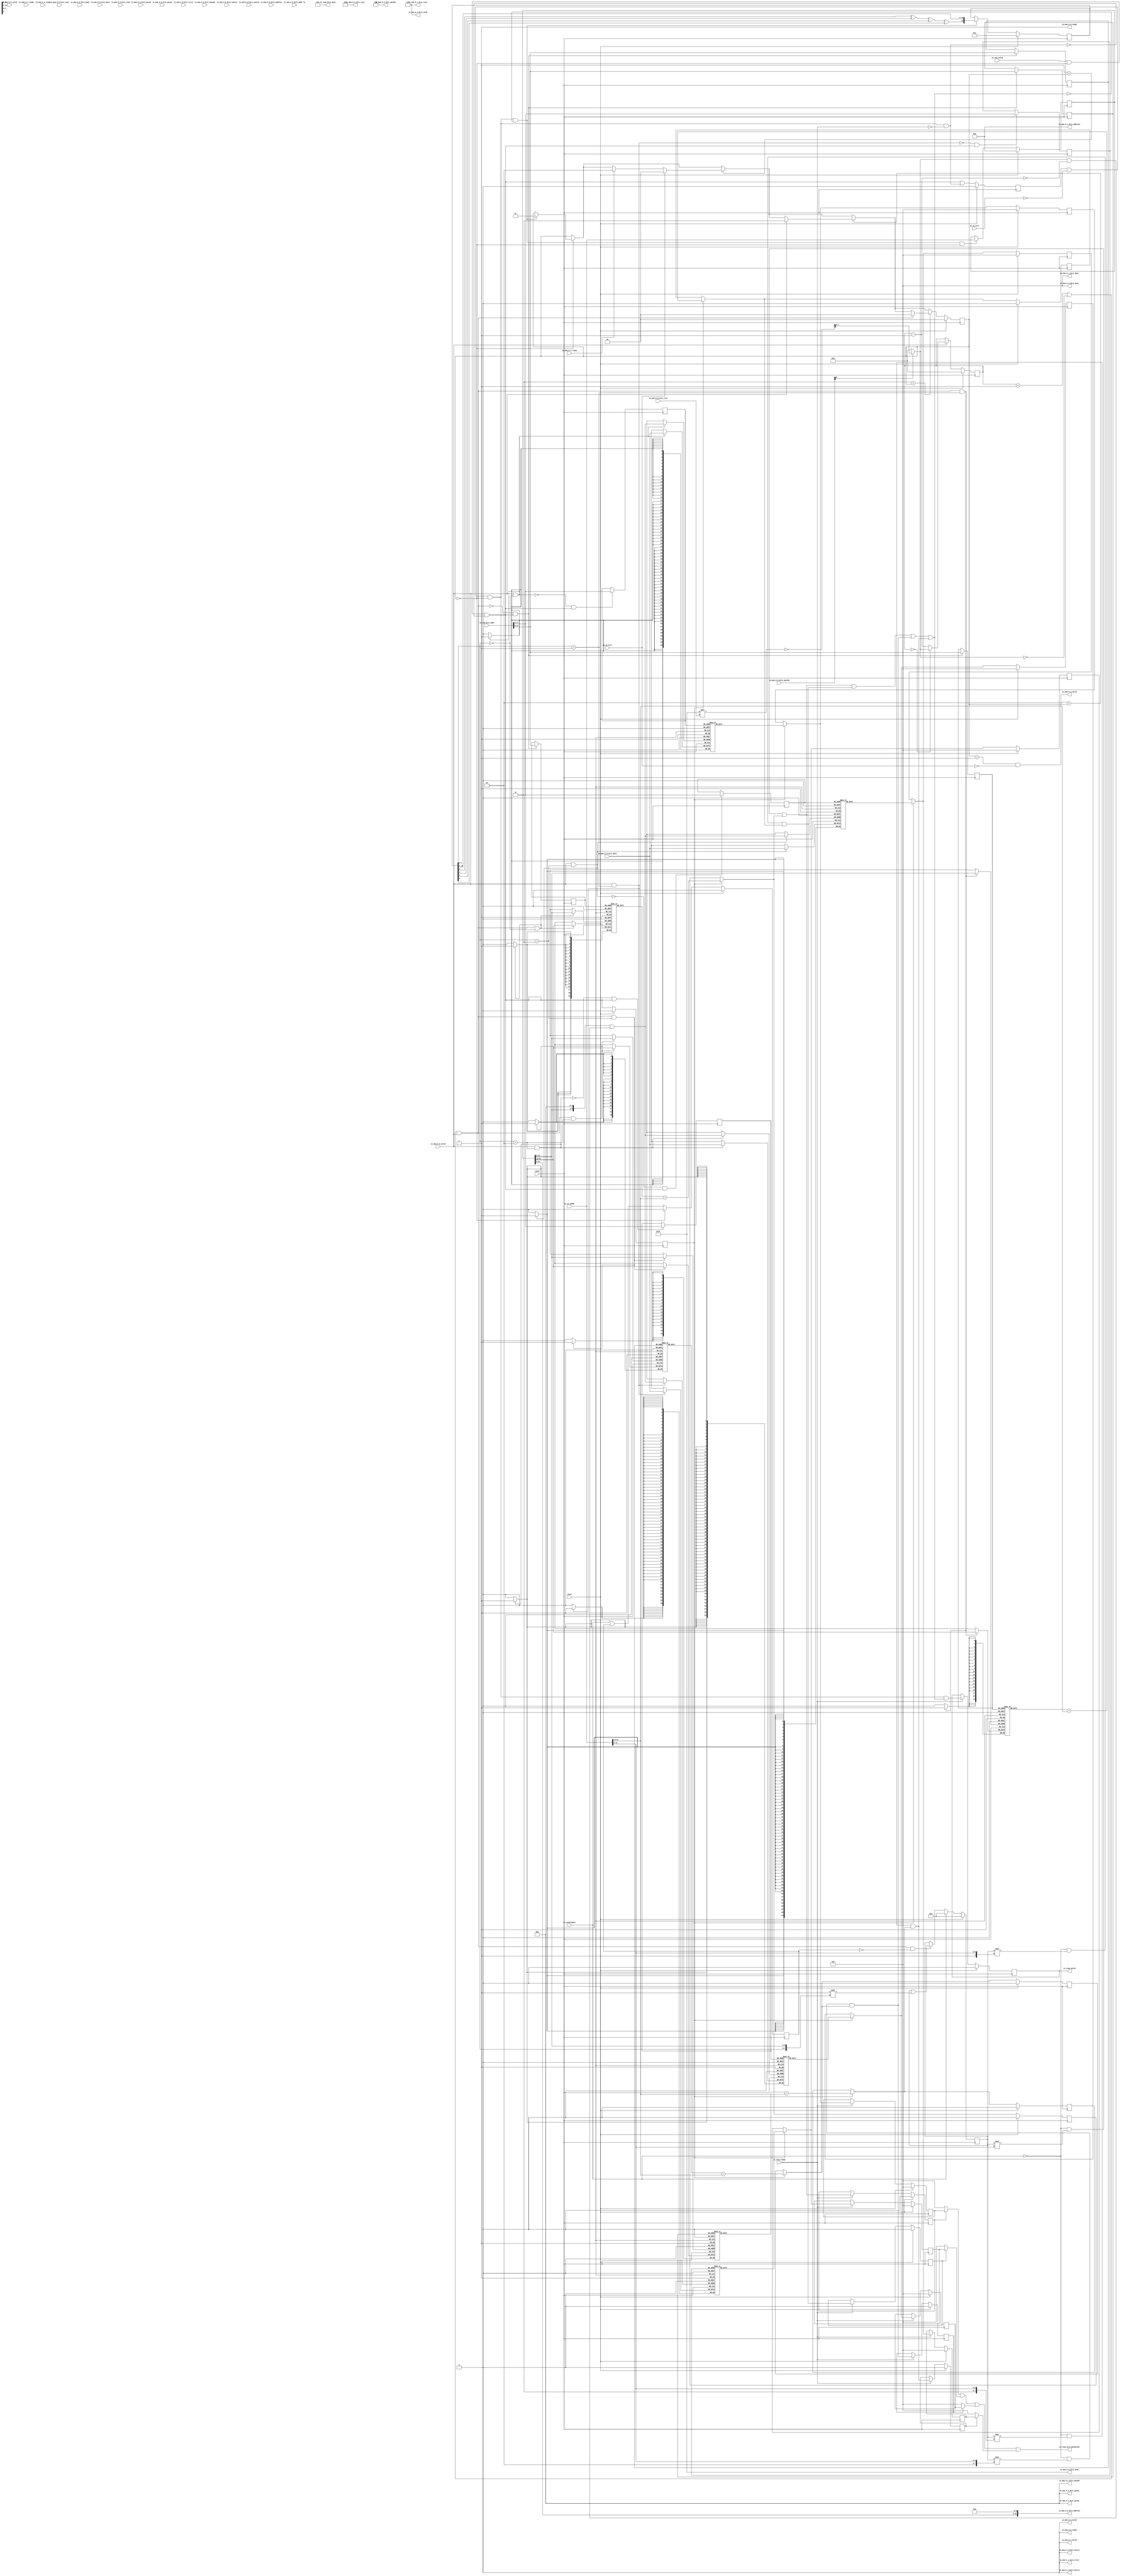
module ICache(
  input         clock,
  input         reset,
  input         io_req_valid,
  input  [38:0] io_req_bits_addr,
  input  [31:0] io_s1_paddr,
  input         io_s1_kill,
  input         io_s2_kill,
  input         io_resp_ready,
  output        io_resp_valid,
  output [15:0] io_resp_bits_data,
  output [63:0] io_resp_bits_datablock,
  input         io_invalidate,
  input         io_mem_0_a_ready,
  output        io_mem_0_a_valid,
  output [2:0]  io_mem_0_a_bits_opcode,
  output [2:0]  io_mem_0_a_bits_param,
  output [3:0]  io_mem_0_a_bits_size,
  output        io_mem_0_a_bits_source,
  output [31:0] io_mem_0_a_bits_address,
  output [7:0]  io_mem_0_a_bits_mask,
  output [63:0] io_mem_0_a_bits_data,
  output        io_mem_0_b_ready,
  input         io_mem_0_b_valid,
  input  [2:0]  io_mem_0_b_bits_opcode,
  input  [1:0]  io_mem_0_b_bits_param,
  input  [3:0]  io_mem_0_b_bits_size,
  input         io_mem_0_b_bits_source,
  input  [31:0] io_mem_0_b_bits_address,
  input  [7:0]  io_mem_0_b_bits_mask,
  input  [63:0] io_mem_0_b_bits_data,
  input         io_mem_0_c_ready,
  output        io_mem_0_c_valid,
  output [2:0]  io_mem_0_c_bits_opcode,
  output [2:0]  io_mem_0_c_bits_param,
  output [3:0]  io_mem_0_c_bits_size,
  output        io_mem_0_c_bits_source,
  output [31:0] io_mem_0_c_bits_address,
  output [63:0] io_mem_0_c_bits_data,
  output        io_mem_0_c_bits_error,
  output        io_mem_0_d_ready,
  input         io_mem_0_d_valid,
  input  [2:0]  io_mem_0_d_bits_opcode,
  input  [1:0]  io_mem_0_d_bits_param,
  input  [3:0]  io_mem_0_d_bits_size,
  input         io_mem_0_d_bits_source,
  input  [3:0]  io_mem_0_d_bits_sink,
  input  [2:0]  io_mem_0_d_bits_addr_lo,
  input  [63:0] io_mem_0_d_bits_data,
  input         io_mem_0_d_bits_error,
  input         io_mem_0_e_ready,
  output        io_mem_0_e_valid,
  output [3:0]  io_mem_0_e_bits_sink
);
`ifdef RANDOMIZE_MEM_INIT
  reg [31:0] _RAND_0;
  reg [31:0] _RAND_3;
  reg [31:0] _RAND_6;
  reg [31:0] _RAND_9;
  reg [63:0] _RAND_12;
  reg [63:0] _RAND_15;
  reg [63:0] _RAND_18;
  reg [63:0] _RAND_21;
`endif // RANDOMIZE_MEM_INIT
`ifdef RANDOMIZE_REG_INIT
  reg [31:0] _RAND_1;
  reg [31:0] _RAND_2;
  reg [31:0] _RAND_4;
  reg [31:0] _RAND_5;
  reg [31:0] _RAND_7;
  reg [31:0] _RAND_8;
  reg [31:0] _RAND_10;
  reg [31:0] _RAND_11;
  reg [31:0] _RAND_13;
  reg [31:0] _RAND_14;
  reg [31:0] _RAND_16;
  reg [31:0] _RAND_17;
  reg [31:0] _RAND_19;
  reg [31:0] _RAND_20;
  reg [31:0] _RAND_22;
  reg [31:0] _RAND_23;
  reg [31:0] _RAND_24;
  reg [31:0] _RAND_25;
  reg [31:0] _RAND_26;
  reg [31:0] _RAND_27;
  reg [255:0] _RAND_28;
  reg [31:0] _RAND_29;
  reg [31:0] _RAND_30;
  reg [31:0] _RAND_31;
  reg [31:0] _RAND_32;
  reg [31:0] _RAND_33;
  reg [31:0] _RAND_34;
  reg [31:0] _RAND_35;
  reg [63:0] _RAND_36;
  reg [63:0] _RAND_37;
  reg [63:0] _RAND_38;
  reg [63:0] _RAND_39;
  reg [31:0] _RAND_40;
  reg [31:0] _RAND_41;
  reg [31:0] _RAND_42;
  reg [31:0] _RAND_43;
  reg [31:0] _RAND_44;
  reg [63:0] _RAND_45;
  reg [63:0] _RAND_46;
  reg [63:0] _RAND_47;
  reg [63:0] _RAND_48;
`endif // RANDOMIZE_REG_INIT
  reg [19:0] tag_array_0 [0:63]; // @[ICache.scala 97:25]
  wire  tag_array_0_tag_rdata_en; // @[ICache.scala 97:25]
  wire [5:0] tag_array_0_tag_rdata_addr; // @[ICache.scala 97:25]
  wire [19:0] tag_array_0_tag_rdata_data; // @[ICache.scala 97:25]
  wire [19:0] tag_array_0__T_328_data; // @[ICache.scala 97:25]
  wire [5:0] tag_array_0__T_328_addr; // @[ICache.scala 97:25]
  wire  tag_array_0__T_328_mask; // @[ICache.scala 97:25]
  wire  tag_array_0__T_328_en; // @[ICache.scala 97:25]
  reg  tag_array_0_tag_rdata_en_pipe_0;
  reg [5:0] tag_array_0_tag_rdata_addr_pipe_0;
  reg [19:0] tag_array_1 [0:63]; // @[ICache.scala 97:25]
  wire  tag_array_1_tag_rdata_en; // @[ICache.scala 97:25]
  wire [5:0] tag_array_1_tag_rdata_addr; // @[ICache.scala 97:25]
  wire [19:0] tag_array_1_tag_rdata_data; // @[ICache.scala 97:25]
  wire [19:0] tag_array_1__T_328_data; // @[ICache.scala 97:25]
  wire [5:0] tag_array_1__T_328_addr; // @[ICache.scala 97:25]
  wire  tag_array_1__T_328_mask; // @[ICache.scala 97:25]
  wire  tag_array_1__T_328_en; // @[ICache.scala 97:25]
  reg  tag_array_1_tag_rdata_en_pipe_0;
  reg [5:0] tag_array_1_tag_rdata_addr_pipe_0;
  reg [19:0] tag_array_2 [0:63]; // @[ICache.scala 97:25]
  wire  tag_array_2_tag_rdata_en; // @[ICache.scala 97:25]
  wire [5:0] tag_array_2_tag_rdata_addr; // @[ICache.scala 97:25]
  wire [19:0] tag_array_2_tag_rdata_data; // @[ICache.scala 97:25]
  wire [19:0] tag_array_2__T_328_data; // @[ICache.scala 97:25]
  wire [5:0] tag_array_2__T_328_addr; // @[ICache.scala 97:25]
  wire  tag_array_2__T_328_mask; // @[ICache.scala 97:25]
  wire  tag_array_2__T_328_en; // @[ICache.scala 97:25]
  reg  tag_array_2_tag_rdata_en_pipe_0;
  reg [5:0] tag_array_2_tag_rdata_addr_pipe_0;
  reg [19:0] tag_array_3 [0:63]; // @[ICache.scala 97:25]
  wire  tag_array_3_tag_rdata_en; // @[ICache.scala 97:25]
  wire [5:0] tag_array_3_tag_rdata_addr; // @[ICache.scala 97:25]
  wire [19:0] tag_array_3_tag_rdata_data; // @[ICache.scala 97:25]
  wire [19:0] tag_array_3__T_328_data; // @[ICache.scala 97:25]
  wire [5:0] tag_array_3__T_328_addr; // @[ICache.scala 97:25]
  wire  tag_array_3__T_328_mask; // @[ICache.scala 97:25]
  wire  tag_array_3__T_328_en; // @[ICache.scala 97:25]
  reg  tag_array_3_tag_rdata_en_pipe_0;
  reg [5:0] tag_array_3_tag_rdata_addr_pipe_0;
  reg [63:0] _T_550 [0:511]; // @[ICache.scala 132:28]
  wire  _T_550__T_566_en; // @[ICache.scala 132:28]
  wire [8:0] _T_550__T_566_addr; // @[ICache.scala 132:28]
  wire [63:0] _T_550__T_566_data; // @[ICache.scala 132:28]
  wire [63:0] _T_550__T_556_data; // @[ICache.scala 132:28]
  wire [8:0] _T_550__T_556_addr; // @[ICache.scala 132:28]
  wire  _T_550__T_556_mask; // @[ICache.scala 132:28]
  wire  _T_550__T_556_en; // @[ICache.scala 132:28]
  reg  _T_550__T_566_en_pipe_0;
  reg [8:0] _T_550__T_566_addr_pipe_0;
  reg [63:0] _T_572 [0:511]; // @[ICache.scala 132:28]
  wire  _T_572__T_588_en; // @[ICache.scala 132:28]
  wire [8:0] _T_572__T_588_addr; // @[ICache.scala 132:28]
  wire [63:0] _T_572__T_588_data; // @[ICache.scala 132:28]
  wire [63:0] _T_572__T_578_data; // @[ICache.scala 132:28]
  wire [8:0] _T_572__T_578_addr; // @[ICache.scala 132:28]
  wire  _T_572__T_578_mask; // @[ICache.scala 132:28]
  wire  _T_572__T_578_en; // @[ICache.scala 132:28]
  reg  _T_572__T_588_en_pipe_0;
  reg [8:0] _T_572__T_588_addr_pipe_0;
  reg [63:0] _T_594 [0:511]; // @[ICache.scala 132:28]
  wire  _T_594__T_610_en; // @[ICache.scala 132:28]
  wire [8:0] _T_594__T_610_addr; // @[ICache.scala 132:28]
  wire [63:0] _T_594__T_610_data; // @[ICache.scala 132:28]
  wire [63:0] _T_594__T_600_data; // @[ICache.scala 132:28]
  wire [8:0] _T_594__T_600_addr; // @[ICache.scala 132:28]
  wire  _T_594__T_600_mask; // @[ICache.scala 132:28]
  wire  _T_594__T_600_en; // @[ICache.scala 132:28]
  reg  _T_594__T_610_en_pipe_0;
  reg [8:0] _T_594__T_610_addr_pipe_0;
  reg [63:0] _T_616 [0:511]; // @[ICache.scala 132:28]
  wire  _T_616__T_632_en; // @[ICache.scala 132:28]
  wire [8:0] _T_616__T_632_addr; // @[ICache.scala 132:28]
  wire [63:0] _T_616__T_632_data; // @[ICache.scala 132:28]
  wire [63:0] _T_616__T_622_data; // @[ICache.scala 132:28]
  wire [8:0] _T_616__T_622_addr; // @[ICache.scala 132:28]
  wire  _T_616__T_622_mask; // @[ICache.scala 132:28]
  wire  _T_616__T_622_en; // @[ICache.scala 132:28]
  reg  _T_616__T_632_en_pipe_0;
  reg [8:0] _T_616__T_632_addr_pipe_0;
  reg [1:0] state; // @[ICache.scala 67:18]
  reg  invalidated; // @[ICache.scala 68:24]
  wire  stall = ~io_resp_ready; // @[ICache.scala 69:15]
  reg [31:0] refill_addr; // @[ICache.scala 71:24]
  reg  s1_valid; // @[ICache.scala 74:21]
  wire  _T_223 = state == 2'h0; // @[ICache.scala 75:52]
  wire  out_valid = s1_valid & ~io_s1_kill & state == 2'h0; // @[ICache.scala 75:43]
  wire [5:0] s1_idx = io_s1_paddr[11:6]; // @[ICache.scala 76:27]
  wire [19:0] s1_tag = io_s1_paddr[31:12]; // @[ICache.scala 77:27]
  reg [255:0] vb_array; // @[ICache.scala 104:21]
  wire [6:0] _T_439 = {1'h0,s1_idx}; // @[Cat.scala 30:58]
  wire [255:0] _T_440 = vb_array >> _T_439; // @[ICache.scala 122:43]
  wire  _T_443 = ~io_invalidate & _T_440[0]; // @[ICache.scala 122:32]
  reg  s1_dout_valid; // @[Reg.scala 14:44]
  wire [19:0] _T_450 = tag_array_0_tag_rdata_data; // @[ICache.scala 125:32]
  wire  _T_451 = _T_450 == s1_tag; // @[ICache.scala 125:46]
  reg  _T_453; // @[Reg.scala 34:16]
  wire  s1_tag_match_0 = s1_dout_valid ? _T_451 : _T_453; // @[Package.scala 27:42]
  wire  s1_tag_hit_0 = _T_443 & s1_tag_match_0; // @[ICache.scala 126:28]
  wire [6:0] _T_465 = {1'h1,s1_idx}; // @[Cat.scala 30:58]
  wire [255:0] _T_466 = vb_array >> _T_465; // @[ICache.scala 122:43]
  wire  _T_469 = ~io_invalidate & _T_466[0]; // @[ICache.scala 122:32]
  wire [19:0] _T_476 = tag_array_1_tag_rdata_data; // @[ICache.scala 125:32]
  wire  _T_477 = _T_476 == s1_tag; // @[ICache.scala 125:46]
  reg  _T_479; // @[Reg.scala 34:16]
  wire  s1_tag_match_1 = s1_dout_valid ? _T_477 : _T_479; // @[Package.scala 27:42]
  wire  s1_tag_hit_1 = _T_469 & s1_tag_match_1; // @[ICache.scala 126:28]
  wire [7:0] _T_491 = {2'h2,s1_idx}; // @[Cat.scala 30:58]
  wire [255:0] _T_492 = vb_array >> _T_491; // @[ICache.scala 122:43]
  wire  _T_495 = ~io_invalidate & _T_492[0]; // @[ICache.scala 122:32]
  wire [19:0] _T_502 = tag_array_2_tag_rdata_data; // @[ICache.scala 125:32]
  wire  _T_503 = _T_502 == s1_tag; // @[ICache.scala 125:46]
  reg  _T_505; // @[Reg.scala 34:16]
  wire  s1_tag_match_2 = s1_dout_valid ? _T_503 : _T_505; // @[Package.scala 27:42]
  wire  s1_tag_hit_2 = _T_495 & s1_tag_match_2; // @[ICache.scala 126:28]
  wire [7:0] _T_517 = {2'h3,s1_idx}; // @[Cat.scala 30:58]
  wire [255:0] _T_518 = vb_array >> _T_517; // @[ICache.scala 122:43]
  wire  _T_521 = ~io_invalidate & _T_518[0]; // @[ICache.scala 122:32]
  wire [19:0] _T_528 = tag_array_3_tag_rdata_data; // @[ICache.scala 125:32]
  wire  _T_529 = _T_528 == s1_tag; // @[ICache.scala 125:46]
  reg  _T_531; // @[Reg.scala 34:16]
  wire  s1_tag_match_3 = s1_dout_valid ? _T_529 : _T_531; // @[Package.scala 27:42]
  wire  s1_tag_hit_3 = _T_521 & s1_tag_match_3; // @[ICache.scala 126:28]
  wire  s1_any_tag_hit = s1_tag_hit_0 | s1_tag_hit_1 | s1_tag_hit_2 | s1_tag_hit_3; // @[ICache.scala 129:44]
  wire  s1_hit = out_valid & s1_any_tag_hit; // @[ICache.scala 78:26]
  wire  s1_miss = out_valid & ~s1_any_tag_hit; // @[ICache.scala 79:27]
  wire  _T_228 = out_valid & stall; // @[ICache.scala 81:67]
  wire  s0_valid = io_req_valid & _T_223 & ~(out_valid & stall); // @[ICache.scala 81:52]
  wire [5:0] refill_idx = refill_addr[11:6]; // @[ICache.scala 90:31]
  wire  _T_235 = io_mem_0_d_ready & io_mem_0_d_valid; // @[Decoupled.scala 30:37]
  wire [22:0] _T_238 = 23'hff << io_mem_0_d_bits_size; // @[package.scala 19:71]
  wire [7:0] _T_240 = ~_T_238[7:0]; // @[package.scala 19:40]
  wire [4:0] _T_244 = io_mem_0_d_bits_opcode[0] ? _T_240[7:3] : 5'h0; // @[Edges.scala 199:14]
  reg [4:0] _T_246; // @[Reg.scala 26:44]
  wire [4:0] _T_250 = _T_246 - 5'h1; // @[Edges.scala 208:28]
  wire  _T_252 = _T_246 == 5'h0; // @[Edges.scala 209:25]
  wire  _T_257 = _T_246 == 5'h1 | _T_244 == 5'h0; // @[Edges.scala 210:37]
  wire  refill_done = _T_257 & _T_235; // @[Edges.scala 211:22]
  wire [4:0] _T_258 = ~_T_250; // @[Edges.scala 212:27]
  wire [4:0] refill_cnt = _T_244 & _T_258; // @[Edges.scala 212:25]
  reg [15:0] _T_262; // @[LFSR.scala 22:19]
  wire  _T_269 = _T_262[0] ^ _T_262[2] ^ _T_262[3] ^ _T_262[5]; // @[LFSR.scala 23:59]
  wire [15:0] _T_271 = {_T_269,_T_262[15:1]}; // @[Cat.scala 30:58]
  wire [1:0] repl_way = _T_262[1:0]; // @[ICache.scala 95:56]
  wire  _T_284 = ~refill_done; // @[ICache.scala 98:70]
  wire  _T_312 = repl_way == 2'h0; // @[ICache.scala 101:84]
  wire  _T_314 = repl_way == 2'h1; // @[ICache.scala 101:84]
  wire  _T_316 = repl_way == 2'h2; // @[ICache.scala 101:84]
  wire  _T_318 = repl_way == 2'h3; // @[ICache.scala 101:84]
  wire [7:0] _T_344 = {repl_way,refill_idx}; // @[Cat.scala 30:58]
  wire [255:0] _T_347 = 256'h1 << _T_344; // @[ICache.scala 106:32]
  wire [255:0] _T_348 = vb_array | _T_347; // @[ICache.scala 106:32]
  wire  _GEN_28 = io_invalidate | invalidated; // @[ICache.scala 108:24 ICache.scala 110:17 ICache.scala 68:24]
  wire  _T_553 = io_mem_0_d_valid & _T_312; // @[ICache.scala 133:30]
  wire [8:0] _T_554 = {refill_idx, 3'h0}; // @[ICache.scala 136:36]
  wire [8:0] _GEN_104 = {{4'd0}, refill_cnt}; // @[ICache.scala 136:63]
  wire  _T_559 = ~_T_553; // @[ICache.scala 139:45]
  reg [63:0] _T_568; // @[Reg.scala 34:16]
  wire  _T_575 = io_mem_0_d_valid & _T_314; // @[ICache.scala 133:30]
  wire  _T_581 = ~_T_575; // @[ICache.scala 139:45]
  reg [63:0] _T_590; // @[Reg.scala 34:16]
  wire  _T_597 = io_mem_0_d_valid & _T_316; // @[ICache.scala 133:30]
  wire  _T_603 = ~_T_597; // @[ICache.scala 139:45]
  reg [63:0] _T_612; // @[Reg.scala 34:16]
  wire  _T_619 = io_mem_0_d_valid & _T_318; // @[ICache.scala 133:30]
  wire  _T_625 = ~_T_619; // @[ICache.scala 139:45]
  reg [63:0] _T_634; // @[Reg.scala 34:16]
  wire  _T_638 = ~stall; // @[ICache.scala 148:51]
  reg  _T_639; // @[Reg.scala 26:44]
  reg  _T_654_0; // @[Reg.scala 34:16]
  reg  _T_654_1; // @[Reg.scala 34:16]
  reg  _T_654_2; // @[Reg.scala 34:16]
  reg  _T_654_3; // @[Reg.scala 34:16]
  reg [63:0] _T_685_0; // @[Reg.scala 34:16]
  reg [63:0] _T_685_1; // @[Reg.scala 34:16]
  reg [63:0] _T_685_2; // @[Reg.scala 34:16]
  reg [63:0] _T_685_3; // @[Reg.scala 34:16]
  wire [63:0] _T_703 = _T_654_0 ? _T_685_0 : 64'h0; // @[Mux.scala 19:72]
  wire [63:0] _T_705 = _T_654_1 ? _T_685_1 : 64'h0; // @[Mux.scala 19:72]
  wire [63:0] _T_707 = _T_654_2 ? _T_685_2 : 64'h0; // @[Mux.scala 19:72]
  wire [63:0] _T_709 = _T_654_3 ? _T_685_3 : 64'h0; // @[Mux.scala 19:72]
  wire [63:0] _T_711 = _T_703 | _T_705; // @[Mux.scala 19:72]
  wire [63:0] _T_712 = _T_711 | _T_707; // @[Mux.scala 19:72]
  wire [1:0] _GEN_90 = s1_miss ? 2'h1 : state; // @[ICache.scala 165:22 ICache.scala 165:30 ICache.scala 67:18]
  wire [1:0] _GEN_91 = 2'h0 == state ? _GEN_90 : state; // @[Conditional.scala 29:59 ICache.scala 67:18]
  wire [1:0] _GEN_93 = io_mem_0_a_ready ? 2'h2 : _GEN_91; // @[ICache.scala 169:29 ICache.scala 169:37]
  wire [1:0] _GEN_94 = io_s2_kill ? 2'h0 : _GEN_93; // @[ICache.scala 170:25 ICache.scala 170:33]
  wire [1:0] _GEN_95 = 2'h1 == state ? _GEN_94 : _GEN_91; // @[Conditional.scala 29:59]
  wire [1:0] _GEN_96 = io_mem_0_d_valid ? 2'h3 : _GEN_95; // @[ICache.scala 173:29 ICache.scala 173:37]
  wire [1:0] _GEN_97 = 2'h2 == state ? _GEN_96 : _GEN_95; // @[Conditional.scala 29:59]
  assign tag_array_0_tag_rdata_en = tag_array_0_tag_rdata_en_pipe_0;
  assign tag_array_0_tag_rdata_addr = tag_array_0_tag_rdata_addr_pipe_0;
  assign tag_array_0_tag_rdata_data = tag_array_0[tag_array_0_tag_rdata_addr]; // @[ICache.scala 97:25]
  assign tag_array_0__T_328_data = refill_addr[31:12];
  assign tag_array_0__T_328_addr = refill_addr[11:6];
  assign tag_array_0__T_328_mask = repl_way == 2'h0;
  assign tag_array_0__T_328_en = _T_257 & _T_235;
  assign tag_array_1_tag_rdata_en = tag_array_1_tag_rdata_en_pipe_0;
  assign tag_array_1_tag_rdata_addr = tag_array_1_tag_rdata_addr_pipe_0;
  assign tag_array_1_tag_rdata_data = tag_array_1[tag_array_1_tag_rdata_addr]; // @[ICache.scala 97:25]
  assign tag_array_1__T_328_data = refill_addr[31:12];
  assign tag_array_1__T_328_addr = refill_addr[11:6];
  assign tag_array_1__T_328_mask = repl_way == 2'h1;
  assign tag_array_1__T_328_en = _T_257 & _T_235;
  assign tag_array_2_tag_rdata_en = tag_array_2_tag_rdata_en_pipe_0;
  assign tag_array_2_tag_rdata_addr = tag_array_2_tag_rdata_addr_pipe_0;
  assign tag_array_2_tag_rdata_data = tag_array_2[tag_array_2_tag_rdata_addr]; // @[ICache.scala 97:25]
  assign tag_array_2__T_328_data = refill_addr[31:12];
  assign tag_array_2__T_328_addr = refill_addr[11:6];
  assign tag_array_2__T_328_mask = repl_way == 2'h2;
  assign tag_array_2__T_328_en = _T_257 & _T_235;
  assign tag_array_3_tag_rdata_en = tag_array_3_tag_rdata_en_pipe_0;
  assign tag_array_3_tag_rdata_addr = tag_array_3_tag_rdata_addr_pipe_0;
  assign tag_array_3_tag_rdata_data = tag_array_3[tag_array_3_tag_rdata_addr]; // @[ICache.scala 97:25]
  assign tag_array_3__T_328_data = refill_addr[31:12];
  assign tag_array_3__T_328_addr = refill_addr[11:6];
  assign tag_array_3__T_328_mask = repl_way == 2'h3;
  assign tag_array_3__T_328_en = _T_257 & _T_235;
  assign _T_550__T_566_en = _T_550__T_566_en_pipe_0;
  assign _T_550__T_566_addr = _T_550__T_566_addr_pipe_0;
  assign _T_550__T_566_data = _T_550[_T_550__T_566_addr]; // @[ICache.scala 132:28]
  assign _T_550__T_556_data = io_mem_0_d_bits_data;
  assign _T_550__T_556_addr = _T_554 | _GEN_104;
  assign _T_550__T_556_mask = 1'h1;
  assign _T_550__T_556_en = io_mem_0_d_valid & _T_312;
  assign _T_572__T_588_en = _T_572__T_588_en_pipe_0;
  assign _T_572__T_588_addr = _T_572__T_588_addr_pipe_0;
  assign _T_572__T_588_data = _T_572[_T_572__T_588_addr]; // @[ICache.scala 132:28]
  assign _T_572__T_578_data = io_mem_0_d_bits_data;
  assign _T_572__T_578_addr = _T_554 | _GEN_104;
  assign _T_572__T_578_mask = 1'h1;
  assign _T_572__T_578_en = io_mem_0_d_valid & _T_314;
  assign _T_594__T_610_en = _T_594__T_610_en_pipe_0;
  assign _T_594__T_610_addr = _T_594__T_610_addr_pipe_0;
  assign _T_594__T_610_data = _T_594[_T_594__T_610_addr]; // @[ICache.scala 132:28]
  assign _T_594__T_600_data = io_mem_0_d_bits_data;
  assign _T_594__T_600_addr = _T_554 | _GEN_104;
  assign _T_594__T_600_mask = 1'h1;
  assign _T_594__T_600_en = io_mem_0_d_valid & _T_316;
  assign _T_616__T_632_en = _T_616__T_632_en_pipe_0;
  assign _T_616__T_632_addr = _T_616__T_632_addr_pipe_0;
  assign _T_616__T_632_data = _T_616[_T_616__T_632_addr]; // @[ICache.scala 132:28]
  assign _T_616__T_622_data = io_mem_0_d_bits_data;
  assign _T_616__T_622_addr = _T_554 | _GEN_104;
  assign _T_616__T_622_mask = 1'h1;
  assign _T_616__T_622_en = io_mem_0_d_valid & _T_318;
  assign io_resp_valid = _T_639; // @[ICache.scala 152:21]
  assign io_resp_bits_data = 16'h0;
  assign io_resp_bits_datablock = _T_712 | _T_709; // @[Mux.scala 19:72]
  assign io_mem_0_a_valid = state == 2'h1 & ~io_s2_kill; // @[ICache.scala 154:41]
  assign io_mem_0_a_bits_opcode = 3'h4; // @[Edges.scala 342:17 Edges.scala 343:15]
  assign io_mem_0_a_bits_param = 3'h0; // @[Edges.scala 342:17 Edges.scala 344:15]
  assign io_mem_0_a_bits_size = 4'h6; // @[Edges.scala 342:17 Edges.scala 345:15]
  assign io_mem_0_a_bits_source = 1'h0; // @[Edges.scala 342:17 Edges.scala 346:15]
  assign io_mem_0_a_bits_address = {refill_addr[31:6], 6'h0}; // @[ICache.scala 157:63]
  assign io_mem_0_a_bits_mask = 8'hff; // @[Cat.scala 30:58]
  assign io_mem_0_a_bits_data = 64'h0; // @[Edges.scala 342:17 Edges.scala 349:15]
  assign io_mem_0_b_ready = 1'h0;
  assign io_mem_0_c_valid = 1'h0; // @[ICache.scala 159:18]
  assign io_mem_0_c_bits_opcode = 3'h0;
  assign io_mem_0_c_bits_param = 3'h0;
  assign io_mem_0_c_bits_size = 4'h0;
  assign io_mem_0_c_bits_source = 1'h0;
  assign io_mem_0_c_bits_address = 32'h0;
  assign io_mem_0_c_bits_data = 64'h0;
  assign io_mem_0_c_bits_error = 1'h0;
  assign io_mem_0_d_ready = 1'h1; // @[ICache.scala 92:18]
  assign io_mem_0_e_valid = 1'h0; // @[ICache.scala 160:18]
  assign io_mem_0_e_bits_sink = 4'h0;
  always @(posedge clock) begin
    if (tag_array_0__T_328_en & tag_array_0__T_328_mask) begin
      tag_array_0[tag_array_0__T_328_addr] <= tag_array_0__T_328_data; // @[ICache.scala 97:25]
    end
    tag_array_0_tag_rdata_en_pipe_0 <= _T_284 & s0_valid;
    if (_T_284 & s0_valid) begin
      tag_array_0_tag_rdata_addr_pipe_0 <= io_req_bits_addr[11:6];
    end
    if (tag_array_1__T_328_en & tag_array_1__T_328_mask) begin
      tag_array_1[tag_array_1__T_328_addr] <= tag_array_1__T_328_data; // @[ICache.scala 97:25]
    end
    tag_array_1_tag_rdata_en_pipe_0 <= _T_284 & s0_valid;
    if (_T_284 & s0_valid) begin
      tag_array_1_tag_rdata_addr_pipe_0 <= io_req_bits_addr[11:6];
    end
    if (tag_array_2__T_328_en & tag_array_2__T_328_mask) begin
      tag_array_2[tag_array_2__T_328_addr] <= tag_array_2__T_328_data; // @[ICache.scala 97:25]
    end
    tag_array_2_tag_rdata_en_pipe_0 <= _T_284 & s0_valid;
    if (_T_284 & s0_valid) begin
      tag_array_2_tag_rdata_addr_pipe_0 <= io_req_bits_addr[11:6];
    end
    if (tag_array_3__T_328_en & tag_array_3__T_328_mask) begin
      tag_array_3[tag_array_3__T_328_addr] <= tag_array_3__T_328_data; // @[ICache.scala 97:25]
    end
    tag_array_3_tag_rdata_en_pipe_0 <= _T_284 & s0_valid;
    if (_T_284 & s0_valid) begin
      tag_array_3_tag_rdata_addr_pipe_0 <= io_req_bits_addr[11:6];
    end
    if (_T_550__T_556_en & _T_550__T_556_mask) begin
      _T_550[_T_550__T_556_addr] <= _T_550__T_556_data; // @[ICache.scala 132:28]
    end
    _T_550__T_566_en_pipe_0 <= _T_559 & s0_valid;
    if (_T_559 & s0_valid) begin
      _T_550__T_566_addr_pipe_0 <= io_req_bits_addr[11:3];
    end
    if (_T_572__T_578_en & _T_572__T_578_mask) begin
      _T_572[_T_572__T_578_addr] <= _T_572__T_578_data; // @[ICache.scala 132:28]
    end
    _T_572__T_588_en_pipe_0 <= _T_581 & s0_valid;
    if (_T_581 & s0_valid) begin
      _T_572__T_588_addr_pipe_0 <= io_req_bits_addr[11:3];
    end
    if (_T_594__T_600_en & _T_594__T_600_mask) begin
      _T_594[_T_594__T_600_addr] <= _T_594__T_600_data; // @[ICache.scala 132:28]
    end
    _T_594__T_610_en_pipe_0 <= _T_603 & s0_valid;
    if (_T_603 & s0_valid) begin
      _T_594__T_610_addr_pipe_0 <= io_req_bits_addr[11:3];
    end
    if (_T_616__T_622_en & _T_616__T_622_mask) begin
      _T_616[_T_616__T_622_addr] <= _T_616__T_622_data; // @[ICache.scala 132:28]
    end
    _T_616__T_632_en_pipe_0 <= _T_625 & s0_valid;
    if (_T_625 & s0_valid) begin
      _T_616__T_632_addr_pipe_0 <= io_req_bits_addr[11:3];
    end
    if (reset) begin // @[ICache.scala 67:18]
      state <= 2'h0; // @[ICache.scala 67:18]
    end else if (2'h3 == state) begin // @[Conditional.scala 29:59]
      if (refill_done) begin // @[ICache.scala 176:26]
        state <= 2'h0; // @[ICache.scala 176:34]
      end else begin
        state <= _GEN_97;
      end
    end else begin
      state <= _GEN_97;
    end
    if (reset) begin // @[ICache.scala 68:24]
      invalidated <= 1'h0; // @[ICache.scala 68:24]
    end else if (2'h0 == state) begin // @[Conditional.scala 29:59]
      invalidated <= 1'h0; // @[ICache.scala 166:19]
    end else begin
      invalidated <= _GEN_28;
    end
    if (reset) begin // @[ICache.scala 71:24]
      refill_addr <= 32'h0; // @[ICache.scala 71:24]
    end else if (s1_miss & _T_223) begin // @[ICache.scala 86:39]
      refill_addr <= io_s1_paddr; // @[ICache.scala 87:17]
    end
    if (reset) begin // @[ICache.scala 74:21]
      s1_valid <= 1'h0; // @[ICache.scala 74:21]
    end else begin
      s1_valid <= s0_valid | _T_228; // @[ICache.scala 84:12]
    end
    if (reset) begin // @[ICache.scala 104:21]
      vb_array <= 256'h0; // @[ICache.scala 104:21]
    end else if (io_invalidate) begin // @[ICache.scala 108:24]
      vb_array <= 256'h0; // @[ICache.scala 109:14]
    end else if (refill_done & ~invalidated) begin // @[ICache.scala 105:38]
      vb_array <= _T_348; // @[ICache.scala 106:14]
    end
    if (reset) begin // @[Reg.scala 14:44]
      s1_dout_valid <= 1'h0; // @[Reg.scala 14:44]
    end else begin
      s1_dout_valid <= s0_valid; // @[Reg.scala 14:44]
    end
    if (reset) begin // @[Reg.scala 34:16]
      _T_453 <= 1'h0; // @[Reg.scala 34:16]
    end else if (s1_dout_valid) begin // @[Package.scala 27:42]
      _T_453 <= _T_451;
    end
    if (reset) begin // @[Reg.scala 34:16]
      _T_479 <= 1'h0; // @[Reg.scala 34:16]
    end else if (s1_dout_valid) begin // @[Package.scala 27:42]
      _T_479 <= _T_477;
    end
    if (reset) begin // @[Reg.scala 34:16]
      _T_505 <= 1'h0; // @[Reg.scala 34:16]
    end else if (s1_dout_valid) begin // @[Package.scala 27:42]
      _T_505 <= _T_503;
    end
    if (reset) begin // @[Reg.scala 34:16]
      _T_531 <= 1'h0; // @[Reg.scala 34:16]
    end else if (s1_dout_valid) begin // @[Package.scala 27:42]
      _T_531 <= _T_529;
    end
    if (reset) begin // @[Reg.scala 26:44]
      _T_246 <= 5'h0; // @[Reg.scala 26:44]
    end else if (_T_235) begin // @[Edges.scala 213:17]
      if (_T_252) begin // @[Edges.scala 214:21]
        if (io_mem_0_d_bits_opcode[0]) begin // @[Edges.scala 199:14]
          _T_246 <= _T_240[7:3];
        end else begin
          _T_246 <= 5'h0;
        end
      end else begin
        _T_246 <= _T_250;
      end
    end
    if (reset) begin // @[LFSR.scala 22:19]
      _T_262 <= 16'h1; // @[LFSR.scala 22:19]
    end else if (s1_miss) begin // @[LFSR.scala 23:22]
      _T_262 <= _T_271; // @[LFSR.scala 23:29]
    end
    if (reset) begin // @[Reg.scala 34:16]
      _T_568 <= 64'h0; // @[Reg.scala 34:16]
    end else if (s1_dout_valid) begin // @[Reg.scala 35:19]
      _T_568 <= _T_550__T_566_data; // @[Reg.scala 35:23]
    end
    if (reset) begin // @[Reg.scala 34:16]
      _T_590 <= 64'h0; // @[Reg.scala 34:16]
    end else if (s1_dout_valid) begin // @[Reg.scala 35:19]
      _T_590 <= _T_572__T_588_data; // @[Reg.scala 35:23]
    end
    if (reset) begin // @[Reg.scala 34:16]
      _T_612 <= 64'h0; // @[Reg.scala 34:16]
    end else if (s1_dout_valid) begin // @[Reg.scala 35:19]
      _T_612 <= _T_594__T_610_data; // @[Reg.scala 35:23]
    end
    if (reset) begin // @[Reg.scala 34:16]
      _T_634 <= 64'h0; // @[Reg.scala 34:16]
    end else if (s1_dout_valid) begin // @[Reg.scala 35:19]
      _T_634 <= _T_616__T_632_data; // @[Reg.scala 35:23]
    end
    if (reset) begin // @[Reg.scala 26:44]
      _T_639 <= 1'h0; // @[Reg.scala 26:44]
    end else if (_T_638) begin // @[Reg.scala 43:19]
      _T_639 <= s1_hit; // @[Reg.scala 43:23]
    end
    if (reset) begin // @[Reg.scala 34:16]
      _T_654_0 <= 1'h0; // @[Reg.scala 34:16]
    end else if (_T_638) begin // @[Reg.scala 35:19]
      _T_654_0 <= s1_tag_hit_0; // @[Reg.scala 35:23]
    end
    if (reset) begin // @[Reg.scala 34:16]
      _T_654_1 <= 1'h0; // @[Reg.scala 34:16]
    end else if (_T_638) begin // @[Reg.scala 35:19]
      _T_654_1 <= s1_tag_hit_1; // @[Reg.scala 35:23]
    end
    if (reset) begin // @[Reg.scala 34:16]
      _T_654_2 <= 1'h0; // @[Reg.scala 34:16]
    end else if (_T_638) begin // @[Reg.scala 35:19]
      _T_654_2 <= s1_tag_hit_2; // @[Reg.scala 35:23]
    end
    if (reset) begin // @[Reg.scala 34:16]
      _T_654_3 <= 1'h0; // @[Reg.scala 34:16]
    end else if (_T_638) begin // @[Reg.scala 35:19]
      _T_654_3 <= s1_tag_hit_3; // @[Reg.scala 35:23]
    end
    if (reset) begin // @[Reg.scala 34:16]
      _T_685_0 <= 64'h0; // @[Reg.scala 34:16]
    end else if (_T_638) begin // @[Reg.scala 35:19]
      if (s1_dout_valid) begin // @[Reg.scala 35:19]
        _T_685_0 <= _T_550__T_566_data; // @[Reg.scala 35:23]
      end else begin
        _T_685_0 <= _T_568; // @[Reg.scala 34:16]
      end
    end
    if (reset) begin // @[Reg.scala 34:16]
      _T_685_1 <= 64'h0; // @[Reg.scala 34:16]
    end else if (_T_638) begin // @[Reg.scala 35:19]
      if (s1_dout_valid) begin // @[Reg.scala 35:19]
        _T_685_1 <= _T_572__T_588_data; // @[Reg.scala 35:23]
      end else begin
        _T_685_1 <= _T_590; // @[Reg.scala 34:16]
      end
    end
    if (reset) begin // @[Reg.scala 34:16]
      _T_685_2 <= 64'h0; // @[Reg.scala 34:16]
    end else if (_T_638) begin // @[Reg.scala 35:19]
      if (s1_dout_valid) begin // @[Reg.scala 35:19]
        _T_685_2 <= _T_594__T_610_data; // @[Reg.scala 35:23]
      end else begin
        _T_685_2 <= _T_612; // @[Reg.scala 34:16]
      end
    end
    if (reset) begin // @[Reg.scala 34:16]
      _T_685_3 <= 64'h0; // @[Reg.scala 34:16]
    end else if (_T_638) begin // @[Reg.scala 35:19]
      if (s1_dout_valid) begin // @[Reg.scala 35:19]
        _T_685_3 <= _T_616__T_632_data; // @[Reg.scala 35:23]
      end else begin
        _T_685_3 <= _T_634; // @[Reg.scala 34:16]
      end
    end
  end
// Register and memory initialization
`ifdef RANDOMIZE_GARBAGE_ASSIGN
`define RANDOMIZE
`endif
`ifdef RANDOMIZE_INVALID_ASSIGN
`define RANDOMIZE
`endif
`ifdef RANDOMIZE_REG_INIT
`define RANDOMIZE
`endif
`ifdef RANDOMIZE_MEM_INIT
`define RANDOMIZE
`endif
`ifndef RANDOM
`define RANDOM $random
`endif
`ifdef RANDOMIZE_MEM_INIT
  integer initvar;
`endif
`ifndef SYNTHESIS
`ifdef FIRRTL_BEFORE_INITIAL
`FIRRTL_BEFORE_INITIAL
`endif
initial begin
  `ifdef RANDOMIZE
    `ifdef INIT_RANDOM
      `INIT_RANDOM
    `endif
    `ifndef VERILATOR
      `ifdef RANDOMIZE_DELAY
        #`RANDOMIZE_DELAY begin end
      `else
        #0.002 begin end
      `endif
    `endif
`ifdef RANDOMIZE_MEM_INIT
  _RAND_0 = {1{`RANDOM}};
  for (initvar = 0; initvar < 64; initvar = initvar+1)
    tag_array_0[initvar] = _RAND_0[19:0];
  _RAND_3 = {1{`RANDOM}};
  for (initvar = 0; initvar < 64; initvar = initvar+1)
    tag_array_1[initvar] = _RAND_3[19:0];
  _RAND_6 = {1{`RANDOM}};
  for (initvar = 0; initvar < 64; initvar = initvar+1)
    tag_array_2[initvar] = _RAND_6[19:0];
  _RAND_9 = {1{`RANDOM}};
  for (initvar = 0; initvar < 64; initvar = initvar+1)
    tag_array_3[initvar] = _RAND_9[19:0];
  _RAND_12 = {2{`RANDOM}};
  for (initvar = 0; initvar < 512; initvar = initvar+1)
    _T_550[initvar] = _RAND_12[63:0];
  _RAND_15 = {2{`RANDOM}};
  for (initvar = 0; initvar < 512; initvar = initvar+1)
    _T_572[initvar] = _RAND_15[63:0];
  _RAND_18 = {2{`RANDOM}};
  for (initvar = 0; initvar < 512; initvar = initvar+1)
    _T_594[initvar] = _RAND_18[63:0];
  _RAND_21 = {2{`RANDOM}};
  for (initvar = 0; initvar < 512; initvar = initvar+1)
    _T_616[initvar] = _RAND_21[63:0];
`endif // RANDOMIZE_MEM_INIT
`ifdef RANDOMIZE_REG_INIT
  _RAND_1 = {1{`RANDOM}};
  tag_array_0_tag_rdata_en_pipe_0 = _RAND_1[0:0];
  _RAND_2 = {1{`RANDOM}};
  tag_array_0_tag_rdata_addr_pipe_0 = _RAND_2[5:0];
  _RAND_4 = {1{`RANDOM}};
  tag_array_1_tag_rdata_en_pipe_0 = _RAND_4[0:0];
  _RAND_5 = {1{`RANDOM}};
  tag_array_1_tag_rdata_addr_pipe_0 = _RAND_5[5:0];
  _RAND_7 = {1{`RANDOM}};
  tag_array_2_tag_rdata_en_pipe_0 = _RAND_7[0:0];
  _RAND_8 = {1{`RANDOM}};
  tag_array_2_tag_rdata_addr_pipe_0 = _RAND_8[5:0];
  _RAND_10 = {1{`RANDOM}};
  tag_array_3_tag_rdata_en_pipe_0 = _RAND_10[0:0];
  _RAND_11 = {1{`RANDOM}};
  tag_array_3_tag_rdata_addr_pipe_0 = _RAND_11[5:0];
  _RAND_13 = {1{`RANDOM}};
  _T_550__T_566_en_pipe_0 = _RAND_13[0:0];
  _RAND_14 = {1{`RANDOM}};
  _T_550__T_566_addr_pipe_0 = _RAND_14[8:0];
  _RAND_16 = {1{`RANDOM}};
  _T_572__T_588_en_pipe_0 = _RAND_16[0:0];
  _RAND_17 = {1{`RANDOM}};
  _T_572__T_588_addr_pipe_0 = _RAND_17[8:0];
  _RAND_19 = {1{`RANDOM}};
  _T_594__T_610_en_pipe_0 = _RAND_19[0:0];
  _RAND_20 = {1{`RANDOM}};
  _T_594__T_610_addr_pipe_0 = _RAND_20[8:0];
  _RAND_22 = {1{`RANDOM}};
  _T_616__T_632_en_pipe_0 = _RAND_22[0:0];
  _RAND_23 = {1{`RANDOM}};
  _T_616__T_632_addr_pipe_0 = _RAND_23[8:0];
  _RAND_24 = {1{`RANDOM}};
  state = _RAND_24[1:0];
  _RAND_25 = {1{`RANDOM}};
  invalidated = _RAND_25[0:0];
  _RAND_26 = {1{`RANDOM}};
  refill_addr = _RAND_26[31:0];
  _RAND_27 = {1{`RANDOM}};
  s1_valid = _RAND_27[0:0];
  _RAND_28 = {8{`RANDOM}};
  vb_array = _RAND_28[255:0];
  _RAND_29 = {1{`RANDOM}};
  s1_dout_valid = _RAND_29[0:0];
  _RAND_30 = {1{`RANDOM}};
  _T_453 = _RAND_30[0:0];
  _RAND_31 = {1{`RANDOM}};
  _T_479 = _RAND_31[0:0];
  _RAND_32 = {1{`RANDOM}};
  _T_505 = _RAND_32[0:0];
  _RAND_33 = {1{`RANDOM}};
  _T_531 = _RAND_33[0:0];
  _RAND_34 = {1{`RANDOM}};
  _T_246 = _RAND_34[4:0];
  _RAND_35 = {1{`RANDOM}};
  _T_262 = _RAND_35[15:0];
  _RAND_36 = {2{`RANDOM}};
  _T_568 = _RAND_36[63:0];
  _RAND_37 = {2{`RANDOM}};
  _T_590 = _RAND_37[63:0];
  _RAND_38 = {2{`RANDOM}};
  _T_612 = _RAND_38[63:0];
  _RAND_39 = {2{`RANDOM}};
  _T_634 = _RAND_39[63:0];
  _RAND_40 = {1{`RANDOM}};
  _T_639 = _RAND_40[0:0];
  _RAND_41 = {1{`RANDOM}};
  _T_654_0 = _RAND_41[0:0];
  _RAND_42 = {1{`RANDOM}};
  _T_654_1 = _RAND_42[0:0];
  _RAND_43 = {1{`RANDOM}};
  _T_654_2 = _RAND_43[0:0];
  _RAND_44 = {1{`RANDOM}};
  _T_654_3 = _RAND_44[0:0];
  _RAND_45 = {2{`RANDOM}};
  _T_685_0 = _RAND_45[63:0];
  _RAND_46 = {2{`RANDOM}};
  _T_685_1 = _RAND_46[63:0];
  _RAND_47 = {2{`RANDOM}};
  _T_685_2 = _RAND_47[63:0];
  _RAND_48 = {2{`RANDOM}};
  _T_685_3 = _RAND_48[63:0];
`endif // RANDOMIZE_REG_INIT
  `endif // RANDOMIZE
end // initial
`ifdef FIRRTL_AFTER_INITIAL
`FIRRTL_AFTER_INITIAL
`endif
`endif // SYNTHESIS
endmodule